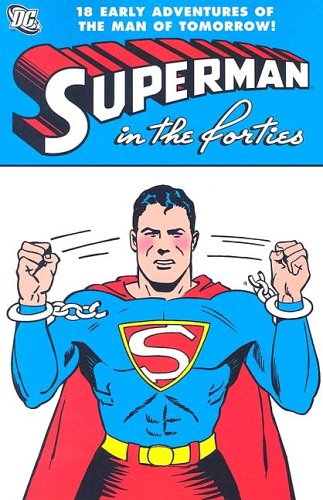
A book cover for Superman in the Forties; Jerry Siegel; Science Fiction & Fantasy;